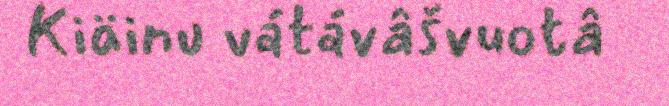
Kiäinu vátávâšvuotâ